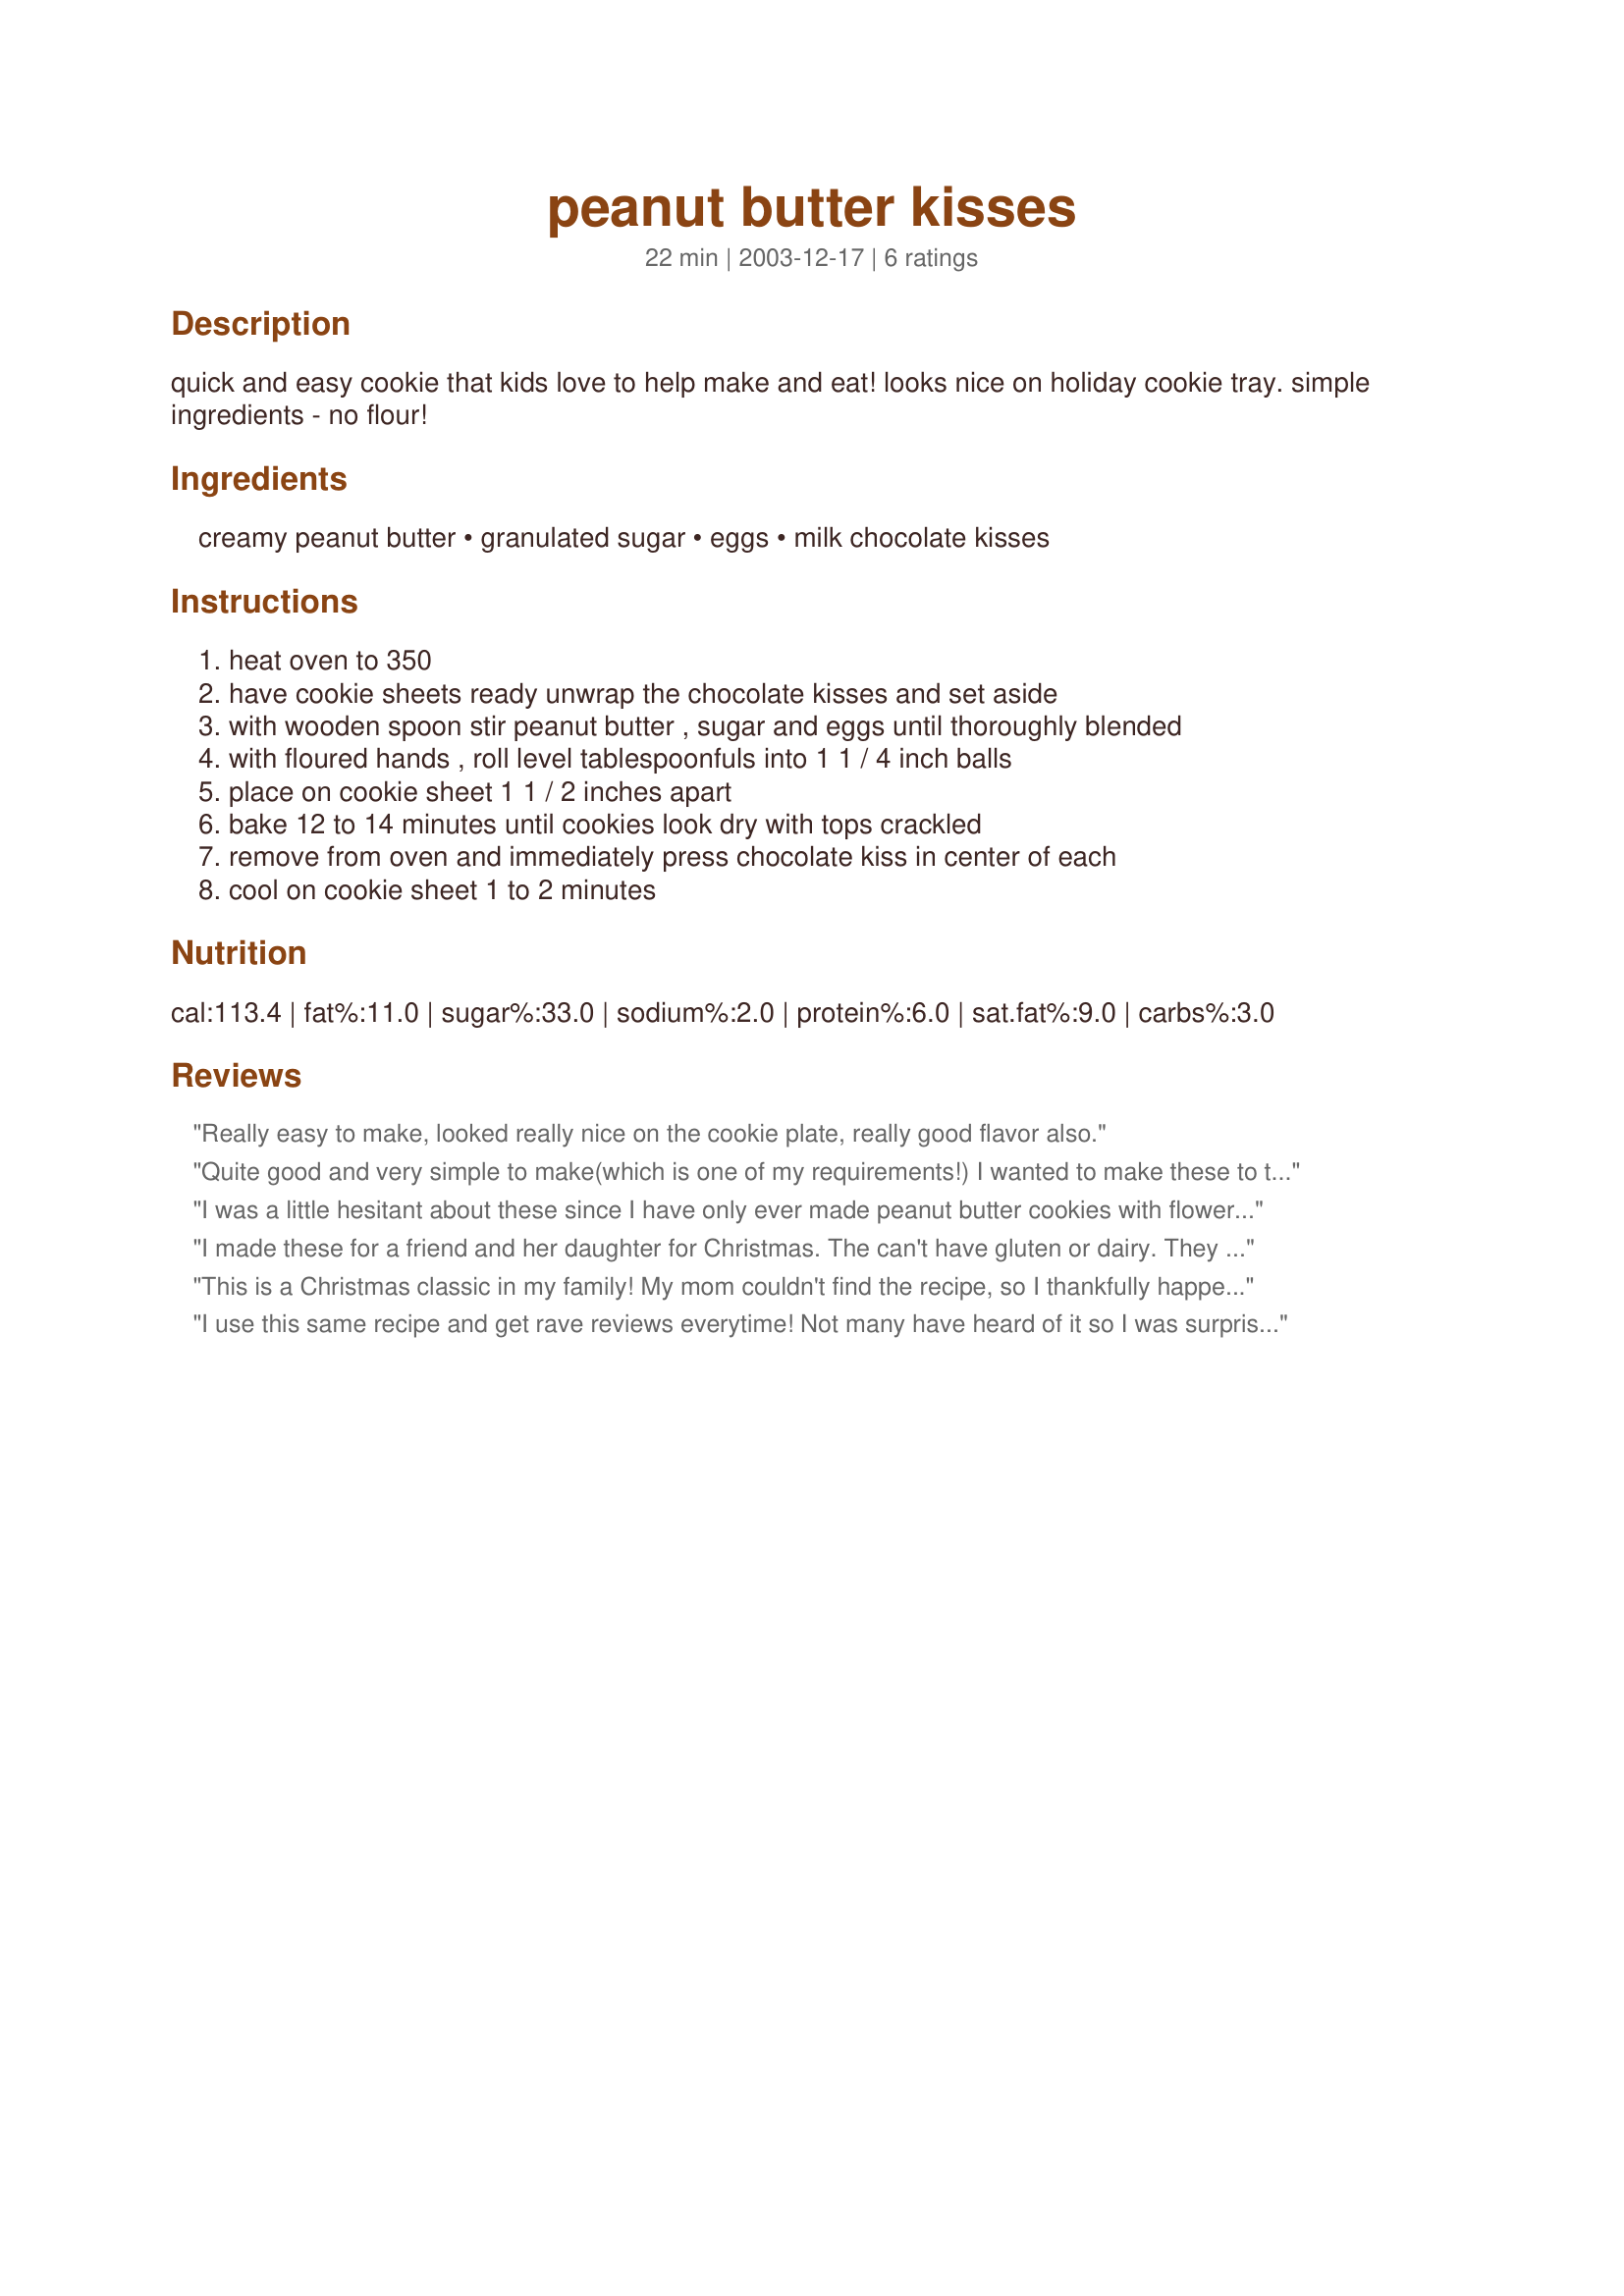
peanut butter kisses
Preparation time: 22 minutes

quick and easy cookie that kids love to help make and eat! looks nice on holiday cookie tray. simple ingredients - no flour!

Ingredients:
creamy peanut butter, granulated sugar, eggs, milk chocolate kisses

Steps:
heat oven to 350, have cookie sheets ready unwrap the chocolate kisses and set aside, with wooden spoon stir peanut butter , sugar and eggs until thoroughly blended, with floured hands , roll level tablespoonfuls into 1 1 / 4 inch balls, place on cookie sheet 1 1 / 2 inches apart, bake 12 to 14 minutes until cookies look dry with tops crackled, remove from oven and immediately press chocolate kiss in center of each, cool on cookie sheet 1 to 2 minutes

Reviews:
Really easy to make, looked really nice on the cookie plate, really good flavor also.
Quite good and very simple to make(which is one of my requirements!) I wanted to make these to take to work for Valentine's and was dreading the other more complicated recipe. I found that placing the dough in the refrigerator for 5 or 10 minutes helped the dough not stick to my hands. Thank you :)
I was a little hesitant about these since I have only ever made peanut butter cookies with flower but my BF pushed me to give them a shot and I am SOOOO glad I listened (for once! :)) I used a mini muffin tin and placed each cookie dough ball inside then pressed a mini peanut butter cup in each of them prior to baking. The cook time was right on for my oven, they turned out soft and chewy and had an intense peanut butter flavor! This will be my "go to" recipe for peanut butter cookies from now on, thank you for posting!
I made these for a friend and her daughter for Christmas. The can't have gluten or dairy. They loved these cookies, and I loved how easy the were to make.
This is a Christmas classic in my family! My mom couldn't find the recipe, so I thankfully happened upon this one...and it didn't disappoint. To avoid sticky hands, I used a cookie dough baller. Grocery stores also sell the kisses unwrapped in the baking aisle. Thanks for the Home-for-the-Holidays feeling, Judy!
I use this same recipe and get rave reviews everytime! Not many have heard of it so I was surprised to already see it here. These cookies are very rich, chewy, and very YUMMY! For anyone who wants to try them, make them and eat them within a couple of days (3 or 4 tops) or they start to dry out.
